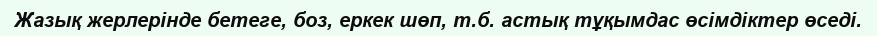
Жазық жерлерінде бетеге, боз, еркек шөп, т.б. астық тұқымдас өсімдіктер өседі.